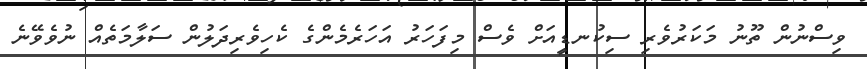
ވިސްނުން ތޫނު މަކަރުވެރި ސިކުނޑީއަށް ވެސް މިފަހަރު އަހަރެމެންގެ ކެހިވެރިދަލުންް ސަލާމަތެއް ނުވެވޭނެ